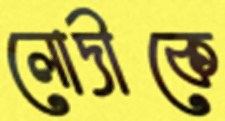
লোদীকে